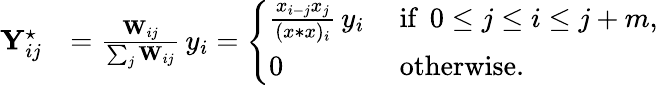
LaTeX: \begin{array}{rl}{\mathbf{Y}_{ij}^{\star}}&{=\frac{\mathbf{W}_{ij}}{\sum_{j}\mathbf{W}_{ij}}\, y_{i}=\left\{ \begin{array}{ll}{\frac{x_{i-j}x_{j}}{(x*x)_{i}}\, y_{i}}&{\mathrm{~if~}\, 0\le j\leq i\leq j+m,}\\ {0}&{\mathrm{~otherwise}.}\end{array}\right.}\end{array}